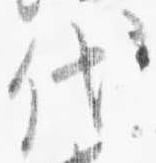
代